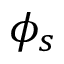
\phi _ { s }